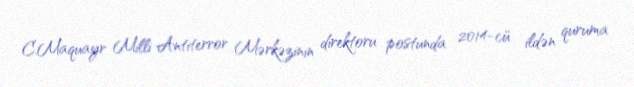
C.Maquayr Milli Antiterror Mərkəzinin direktoru postunda 2014-cü ildən quruma